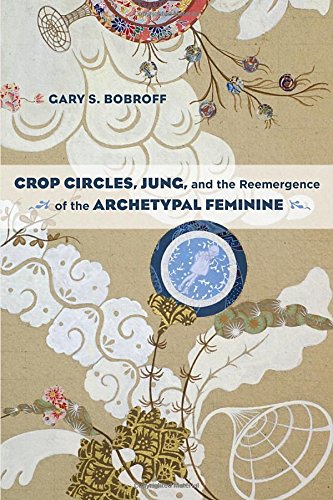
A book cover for Crop Circles, Jung, and the Reemergence of the Archetypal Feminine; Gary S. Bobroff; Religion & Spirituality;